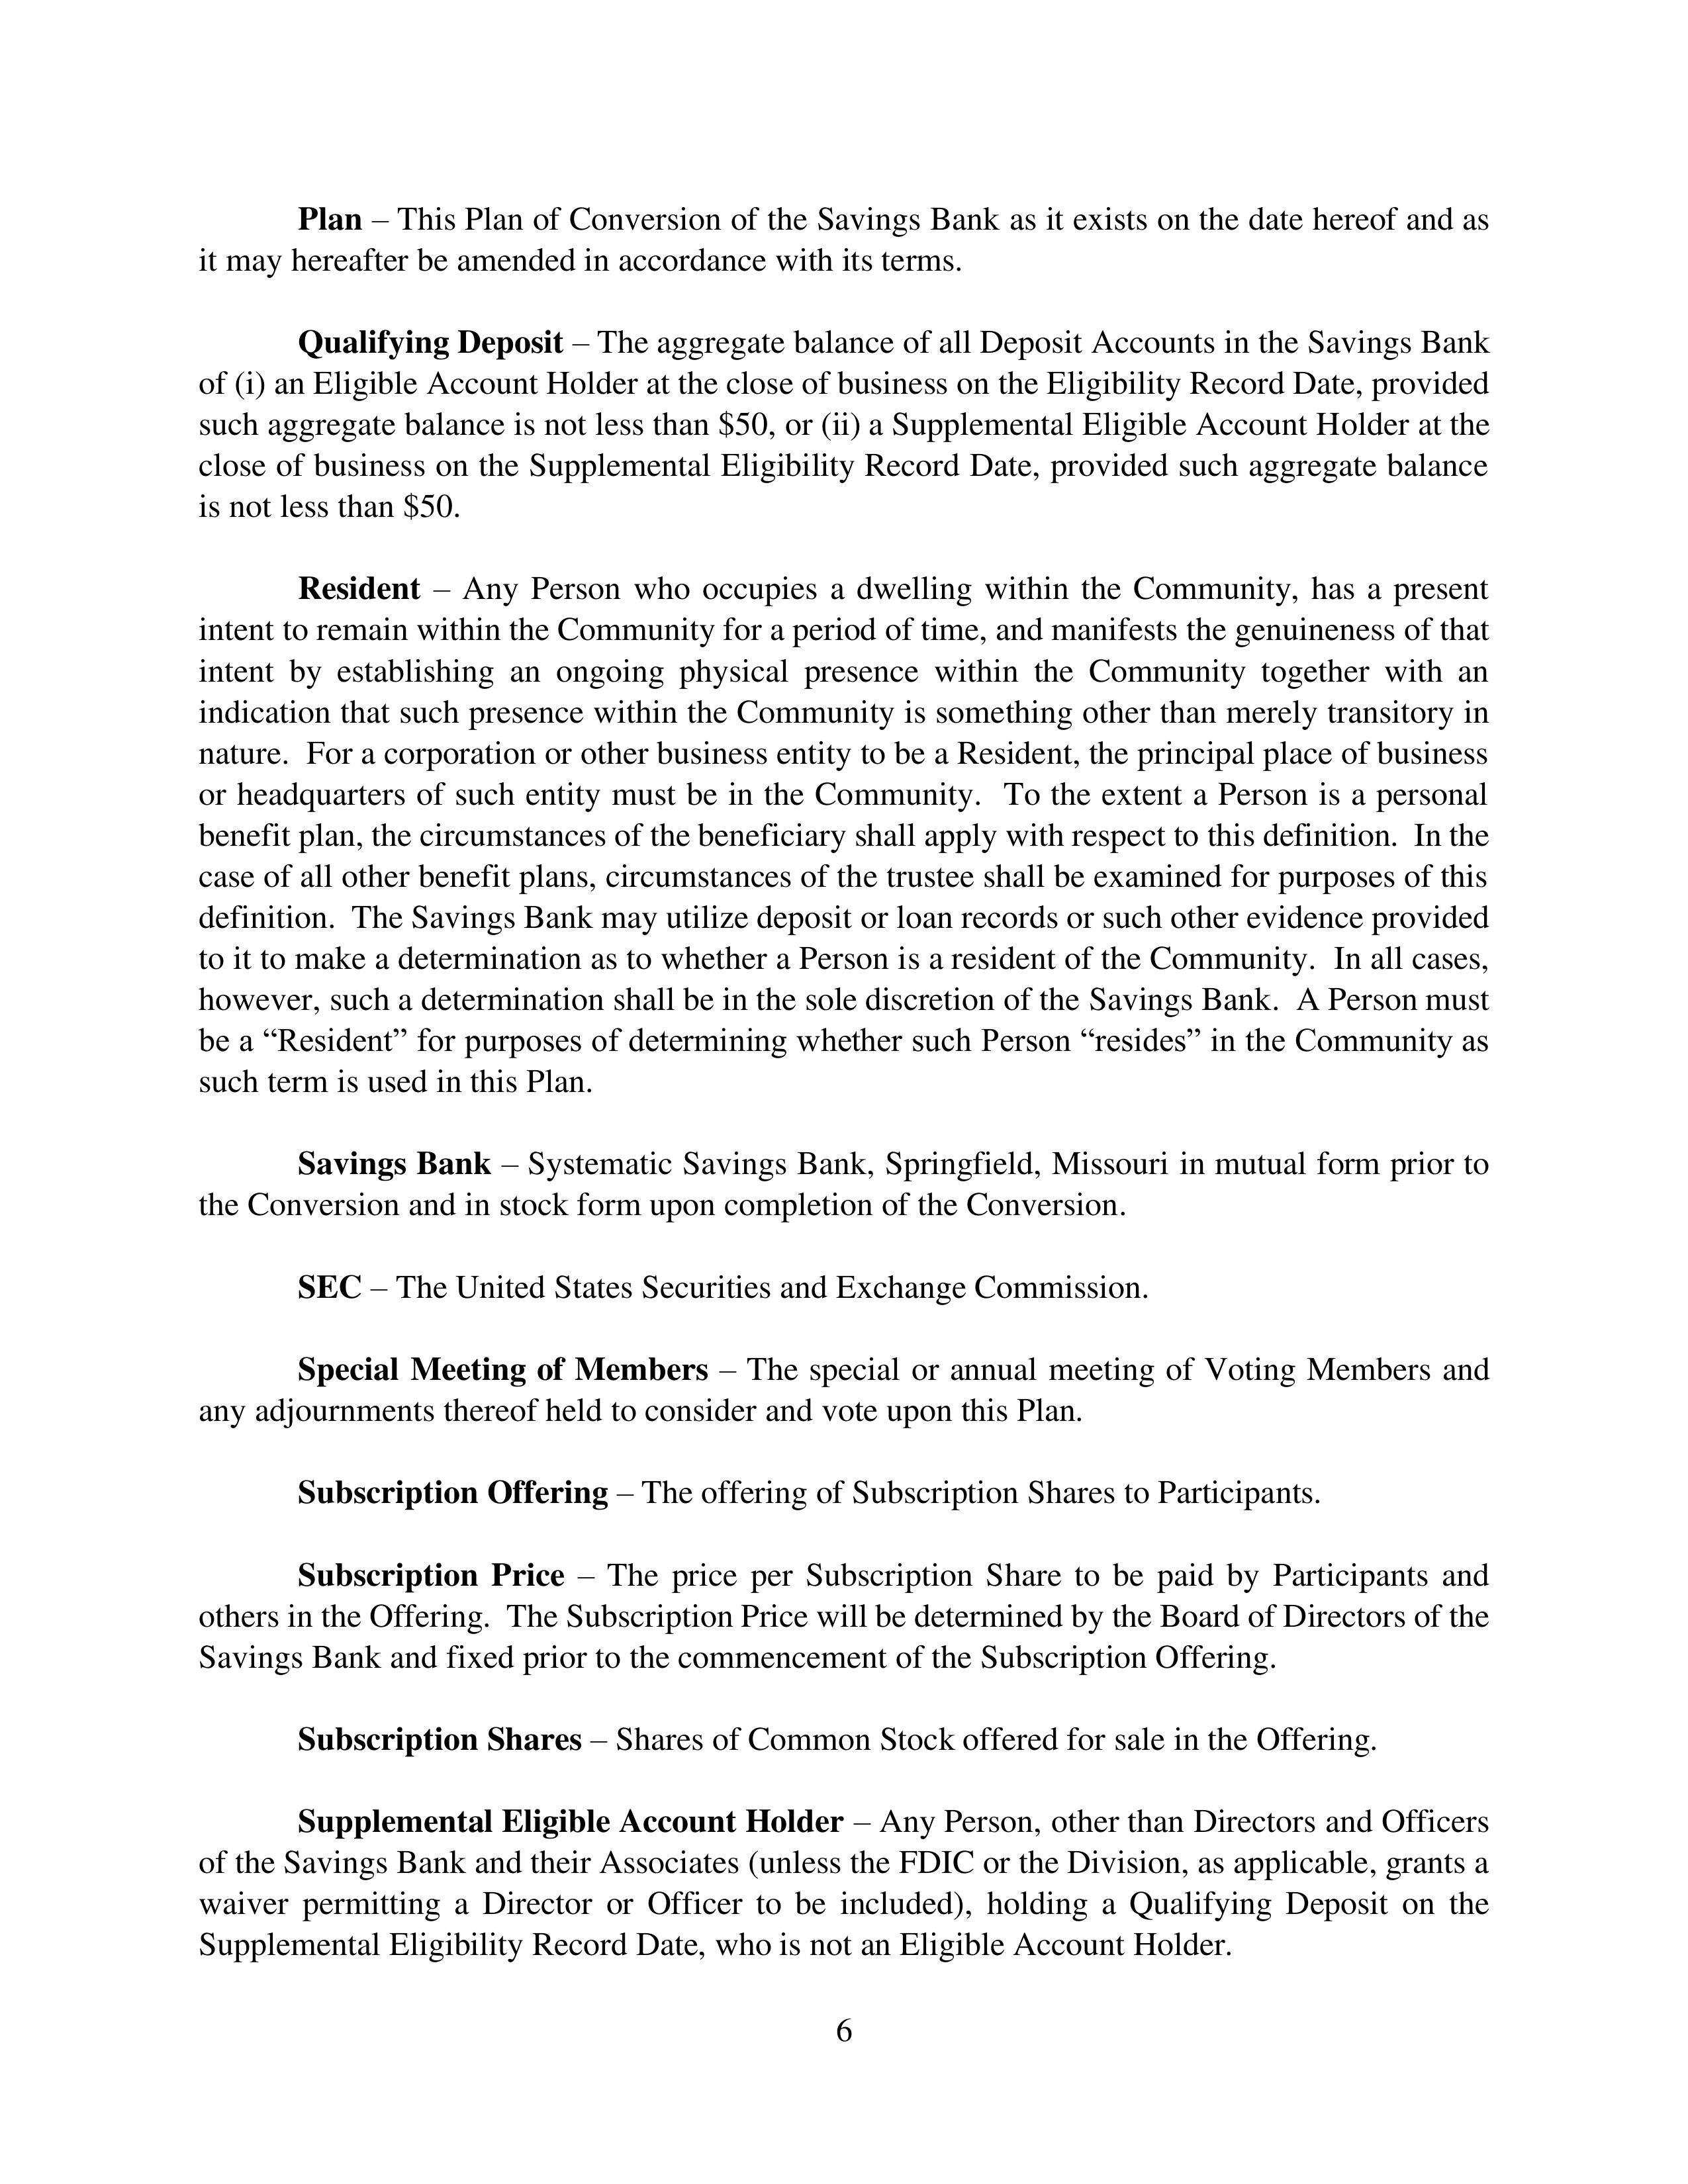
Plan – This Plan of Conversion of the Savings Bank as it exists on the date hereof and as it may hereafter be amended in accordance with its terms.

        Qualifying Deposit – The aggregate balance of all Deposit Accounts in the Savings Bank of (i) an Eligible Account Holder at the close of business on the Eligibility Record Date, provided such aggregate balance is not less than $50, or (ii) a Supplemental Eligible Account Holder at the close of business on the Supplemental Eligibility Record Date, provided such aggregate balance is not less than $50.

        Resident – Any Person who occupies a dwelling within the Community, has a present intent to remain within the Community for a period of time, and manifests the genuineness of that intent by establishing an ongoing physical presence within the Community together with an indication that such presence within the Community is something other than merely transitory in nature. For a corporation or other business entity to be a Resident, the principal place of business or headquarters of such entity must be in the Community. To the extent a Person is a personal benefit plan, the circumstances of the beneficiary shall apply with respect to this definition. In the case of all other benefit plans, circumstances of the trustee shall be examined for purposes of this definition. The Savings Bank may utilize deposit or loan records or such other evidence provided to it to make a determination as to whether a Person is a resident of the Community. In all cases, however, such a determination shall be in the sole discretion of the Savings Bank. A Person must be a "Resident" for purposes of determining whether such Person "resides" in the Community as such term is used in this Plan.

        Savings Bank – Systematic Savings Bank, Springfield, Missouri in mutual form prior to the Conversion and in stock form upon completion of the Conversion.

        SEC – The United States Securities and Exchange Commission.

        Special Meeting of Members – The special or annual meeting of Voting Members and any adjournments thereof held to consider and vote upon this Plan.

        Subscription Offering – The offering of Subscription Shares to Participants.

        Subscription Price – The price per Subscription Share to be paid by Participants and others in the Offering. The Subscription Price will be determined by the Board of Directors of the Savings Bank and fixed prior to the commencement of the Subscription Offering.

        Subscription Shares – Shares of Common Stock offered for sale in the Offering.

        Supplemental Eligible Account Holder – Any Person, other than Directors and Officers of the Savings Bank and their Associates (unless the FDIC or the Division, as applicable, grants a waiver permitting a Director or Officer to be included), holding a Qualifying Deposit on the Supplemental Eligibility Record Date, who is not an Eligible Account Holder.

                                            6